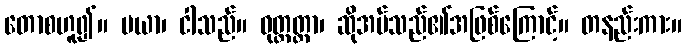
တောစဟူ၍။ မယာ၊ ငါသည်။ ဝုတ္တတ္တာ၊ ဆိုအပ်သည်၏အဖြစ်ကြောင့်။ တနည်းကား။